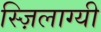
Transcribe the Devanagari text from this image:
स्ज़िलाग्यी